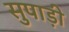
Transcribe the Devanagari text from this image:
सुपाड़ी